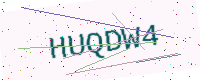
Text: HUQDW4